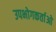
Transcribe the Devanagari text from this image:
उपभोगकर्ताओ